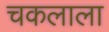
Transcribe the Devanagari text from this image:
चकलाला